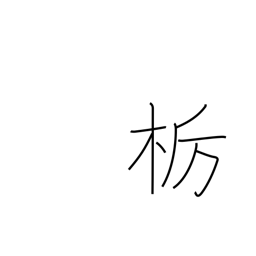
Meaning: horse chestnut